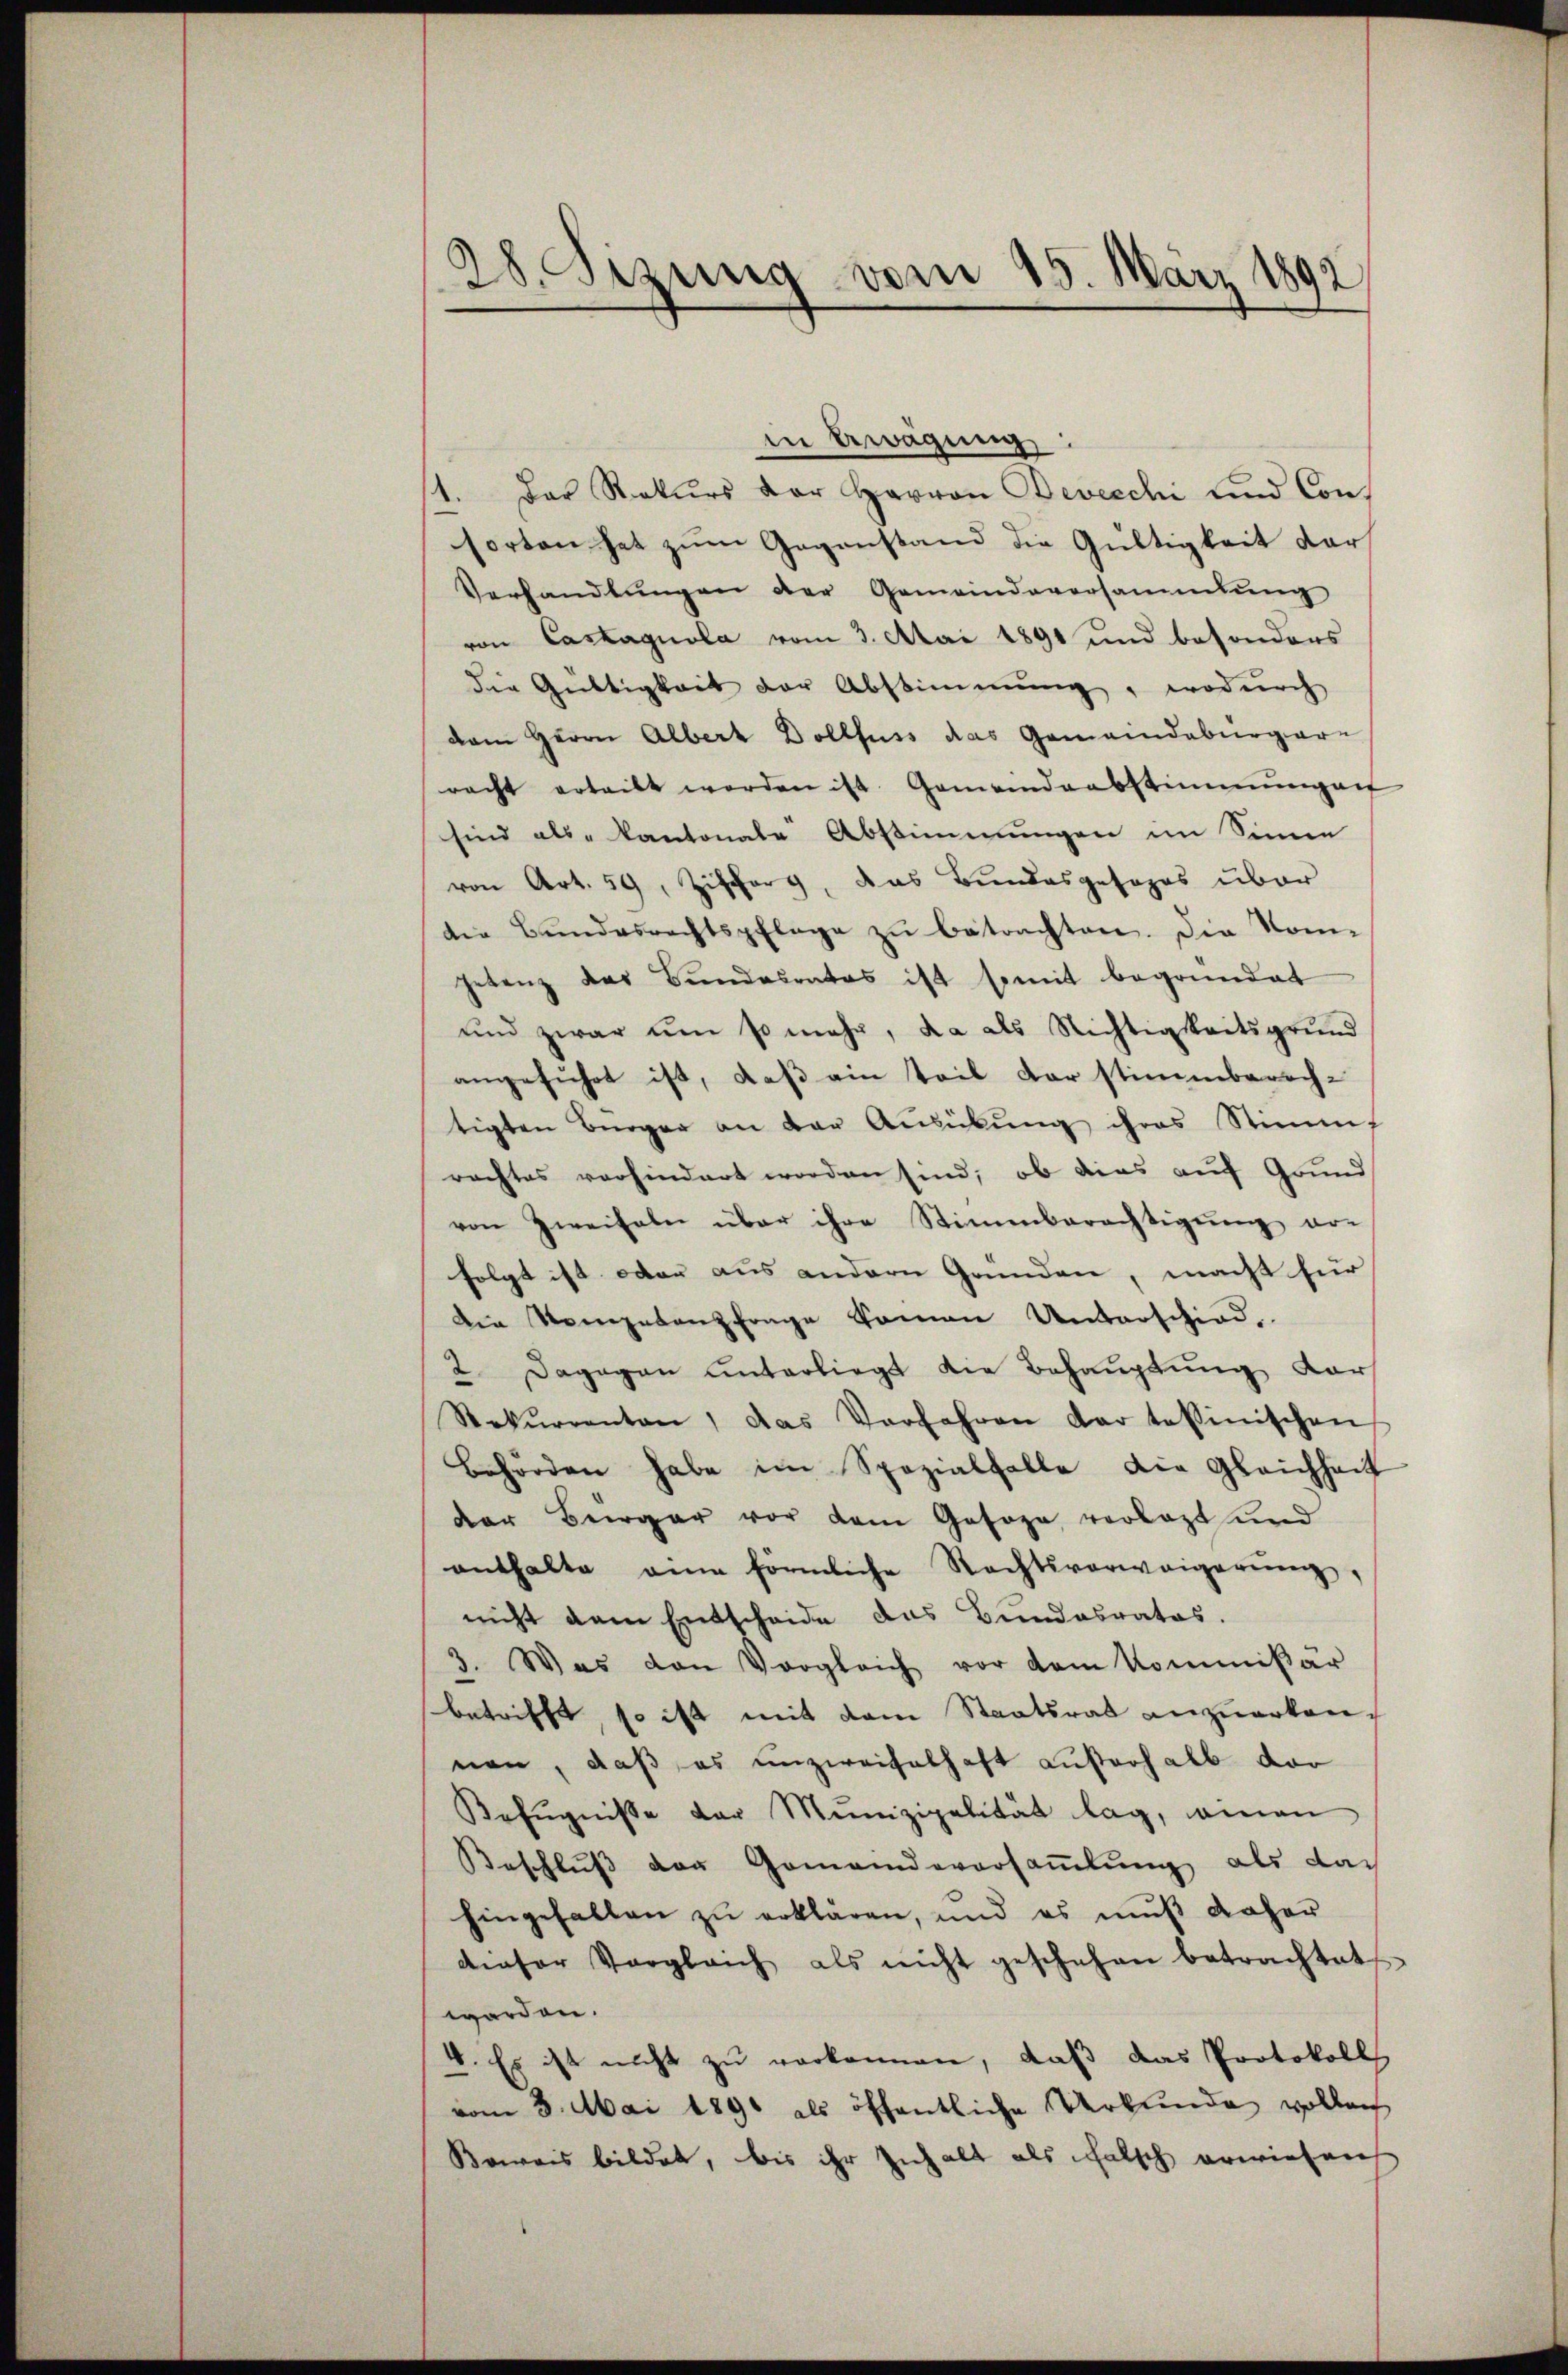
in Bewägung
1. Der Rekurs der Harron Bevecchi und Consorten hat zum Gegenstand die Gültigkeit der
Verhandlŭngen der Gemeindeversammlung
von Castagnola vom 3. Mai 1891 und besonders
die Gültigkeit der Abstimmung, wodurch
dam Herrn Albert Dollfuss das Gemeindebürgern
racht erteilt werden ist. Gemeindensstimmungen
sind als Kantonale Abstimmungen im Sinne
von Art. 59, Zifferg, das Bundesgesezes über
die Bundesrechtspflege zu betrachten. Die Komhetenz das Bundesrates ist somit begründet
und zwar um so mehr, da als Nichtigkeitsgrund
angeführt ist, daß ein Teil der stimmberech-
tigten Bürger an der Ausübung ihres Stimm
rachtes vorhindert worden sind; ob dies auf Grund
von Zweifeln über ihre Stimmberechtigung vor
folgt ist oder aus andern Gründen, macht für
Die Stempetenzfrage kamen Unterschied.
2 Dagegen unterliegt die Behauptung dar
Rekŭrrenten, das Verfahren dar tessinischen
Behörden habe im Spezialfalle die Gleichheit
der Bürger vor dem Gasoza verlegt und
enthalte eine förmliche Rechtsverweigerŭng,
nicht dem Entscheide das Bundesrates.
3. Was den Vergleich vor dem Kommißar
betrifft, so ist mit dem Staatsrat anzuerkannen, daß es unzweifelhaft außerhalb dar
Befugnisse der Munizipalität lag, einen
Beschlŭβ der Gemeindeversaṁlŭng als das
hingefallen zu erklären, und es muß daher
dieser Vergleich als nicht geschehen betrachtet
worden.
4. Es ist nicht zu verkennen, daß das Protokoll
vom 3. Mai 1890 als öffentliche Urkunde volleich
Bowais bildet, bis ihr Inhalt als falsch erwiesen

28. Sizung vom 15. März 1892